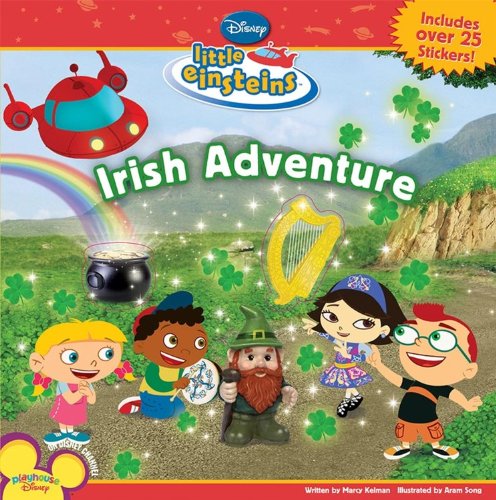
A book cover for Irish Adventure (Disney's Little Einsteins (8x8)); Disney Book Group; Children's Books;